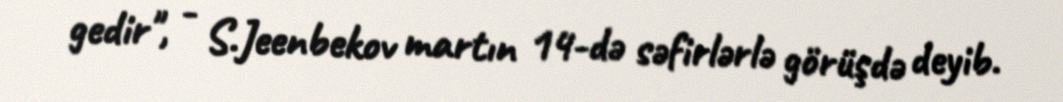
gedir", - S.Jeenbekov martın 14-də səfirlərlə görüşdə deyib.